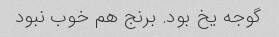
گوجه یخ بود. برنج هم خوب نبود